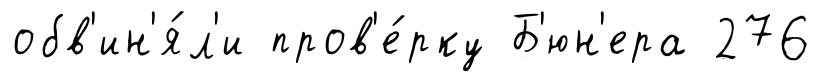
обв'ин'я́л'и пров'е́рку Б'юн'ера 276